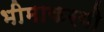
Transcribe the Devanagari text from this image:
भीमाकरवी